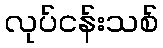
လုပ်ငန်းသစ်